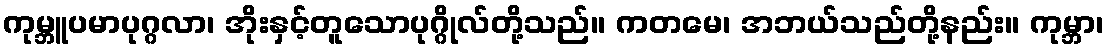
ကုမ္ဘူပမာပုဂ္ဂလာ၊ အိုးနှင့်တူသောပုဂ္ဂိုလ်တို့သည်။ ကတမေ၊ အဘယ်သည်တို့နည်း။ ကုမ္ဘာ၊